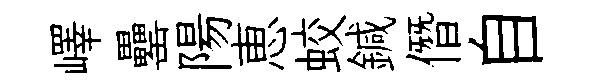
嶧罍陽恵蛟鍼僭自